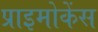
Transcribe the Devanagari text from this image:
प्राइमोकेंस